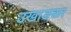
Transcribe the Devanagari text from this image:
उखाङकर